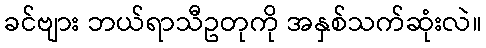
ခင်ဗျား ဘယ်ရာသီဥတုကို အနှစ်သက်ဆုံးလဲ။